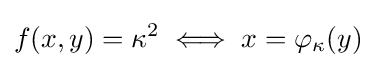
f(x,y)=\kappa ^{2}\iff x=\varphi _{\kappa }(y)